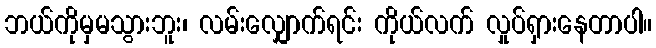
ဘယ်ကိုမှမသွားဘူး၊ လမ်းလျှောက်ရင်း ကိုယ်လက် လှုပ်ရှားနေတာပါ။